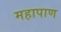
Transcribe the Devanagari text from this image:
महापाण